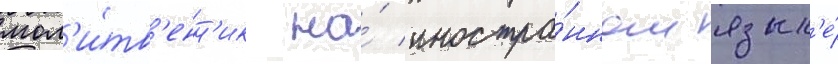
мол'и́тв'енн'ик на́ иностра́нном язык'е́